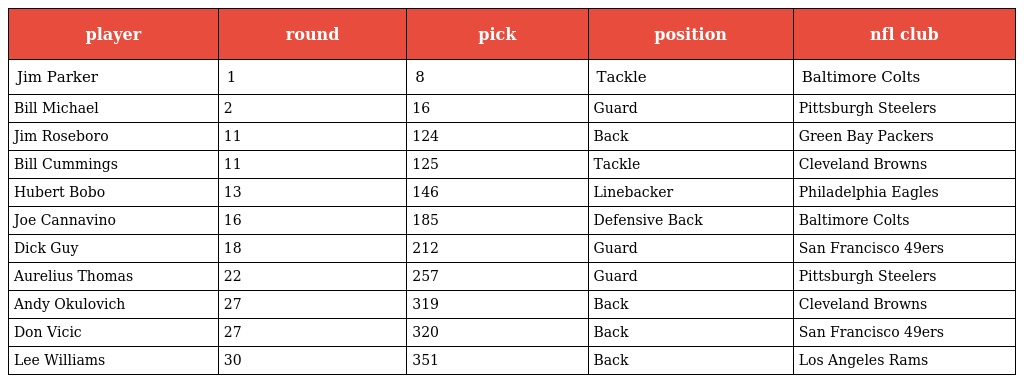
| player | round | pick | position | nfl club |
 | --- | --- | --- | --- | --- |
 | Jim Parker | 1 | 8 | Tackle | Baltimore Colts |
 | Bill Michael | 2 | 16 | Guard | Pittsburgh Steelers |
 | Jim Roseboro | 11 | 124 | Back | Green Bay Packers |
 | Bill Cummings | 11 | 125 | Tackle | Cleveland Browns |
 | Hubert Bobo | 13 | 146 | Linebacker | Philadelphia Eagles |
 | Joe Cannavino | 16 | 185 | Defensive Back | Baltimore Colts |
 | Dick Guy | 18 | 212 | Guard | San Francisco 49ers |
 | Aurelius Thomas | 22 | 257 | Guard | Pittsburgh Steelers |
 | Andy Okulovich | 27 | 319 | Back | Cleveland Browns |
 | Don Vicic | 27 | 320 | Back | San Francisco 49ers |
 | Lee Williams | 30 | 351 | Back | Los Angeles Rams |